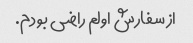
از سفارش اولم راضی بودم.